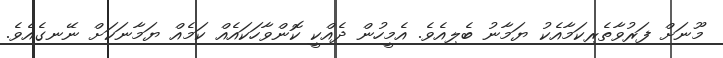
މޫނަށް ފަރުވާތެރިކަމާއެކު ޔަމާނު ބެލިއެވެ. އެމީހުން ދެއްކީ ކޮންވާހަކައެއް ކަމެއް ޔަމާނަކަށް ނޭނގެއެވެ.